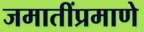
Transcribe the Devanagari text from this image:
जमातींप्रमाणे